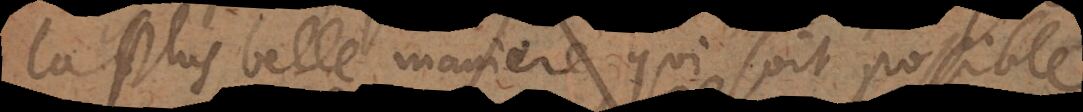
la plus belle manière qui soit possible